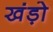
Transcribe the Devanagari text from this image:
खंड़ो